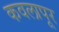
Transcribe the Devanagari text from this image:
कवलापूर